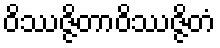
ဝိဿဇ္ဇိတာဝိဿဇ္ဇိတံ